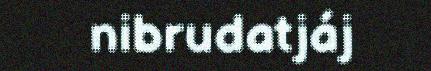
nibrudatjáj